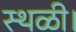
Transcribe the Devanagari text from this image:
स्थळी।